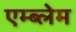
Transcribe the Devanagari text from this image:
एम्ब्लेम